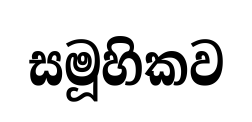
සමූහිකව